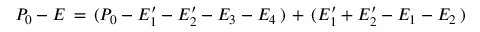
P _ { 0 } - E \, = \, ( P _ { 0 } - E _ { 1 } ^ { \prime } - E _ { 2 } ^ { \prime } - E _ { 3 } - E _ { 4 } \, ) \, + \, ( E _ { 1 } ^ { \prime } + E _ { 2 } ^ { \prime } - E _ { 1 } - E _ { 2 } \, )